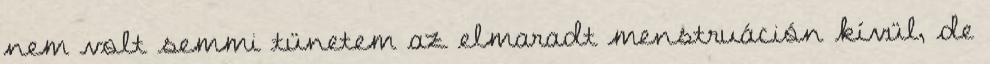
nem volt semmi tünetem az elmaradt menstruáción kívül, de